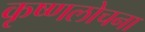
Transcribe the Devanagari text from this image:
कृष्णलोचना